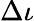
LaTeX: \Delta\iota